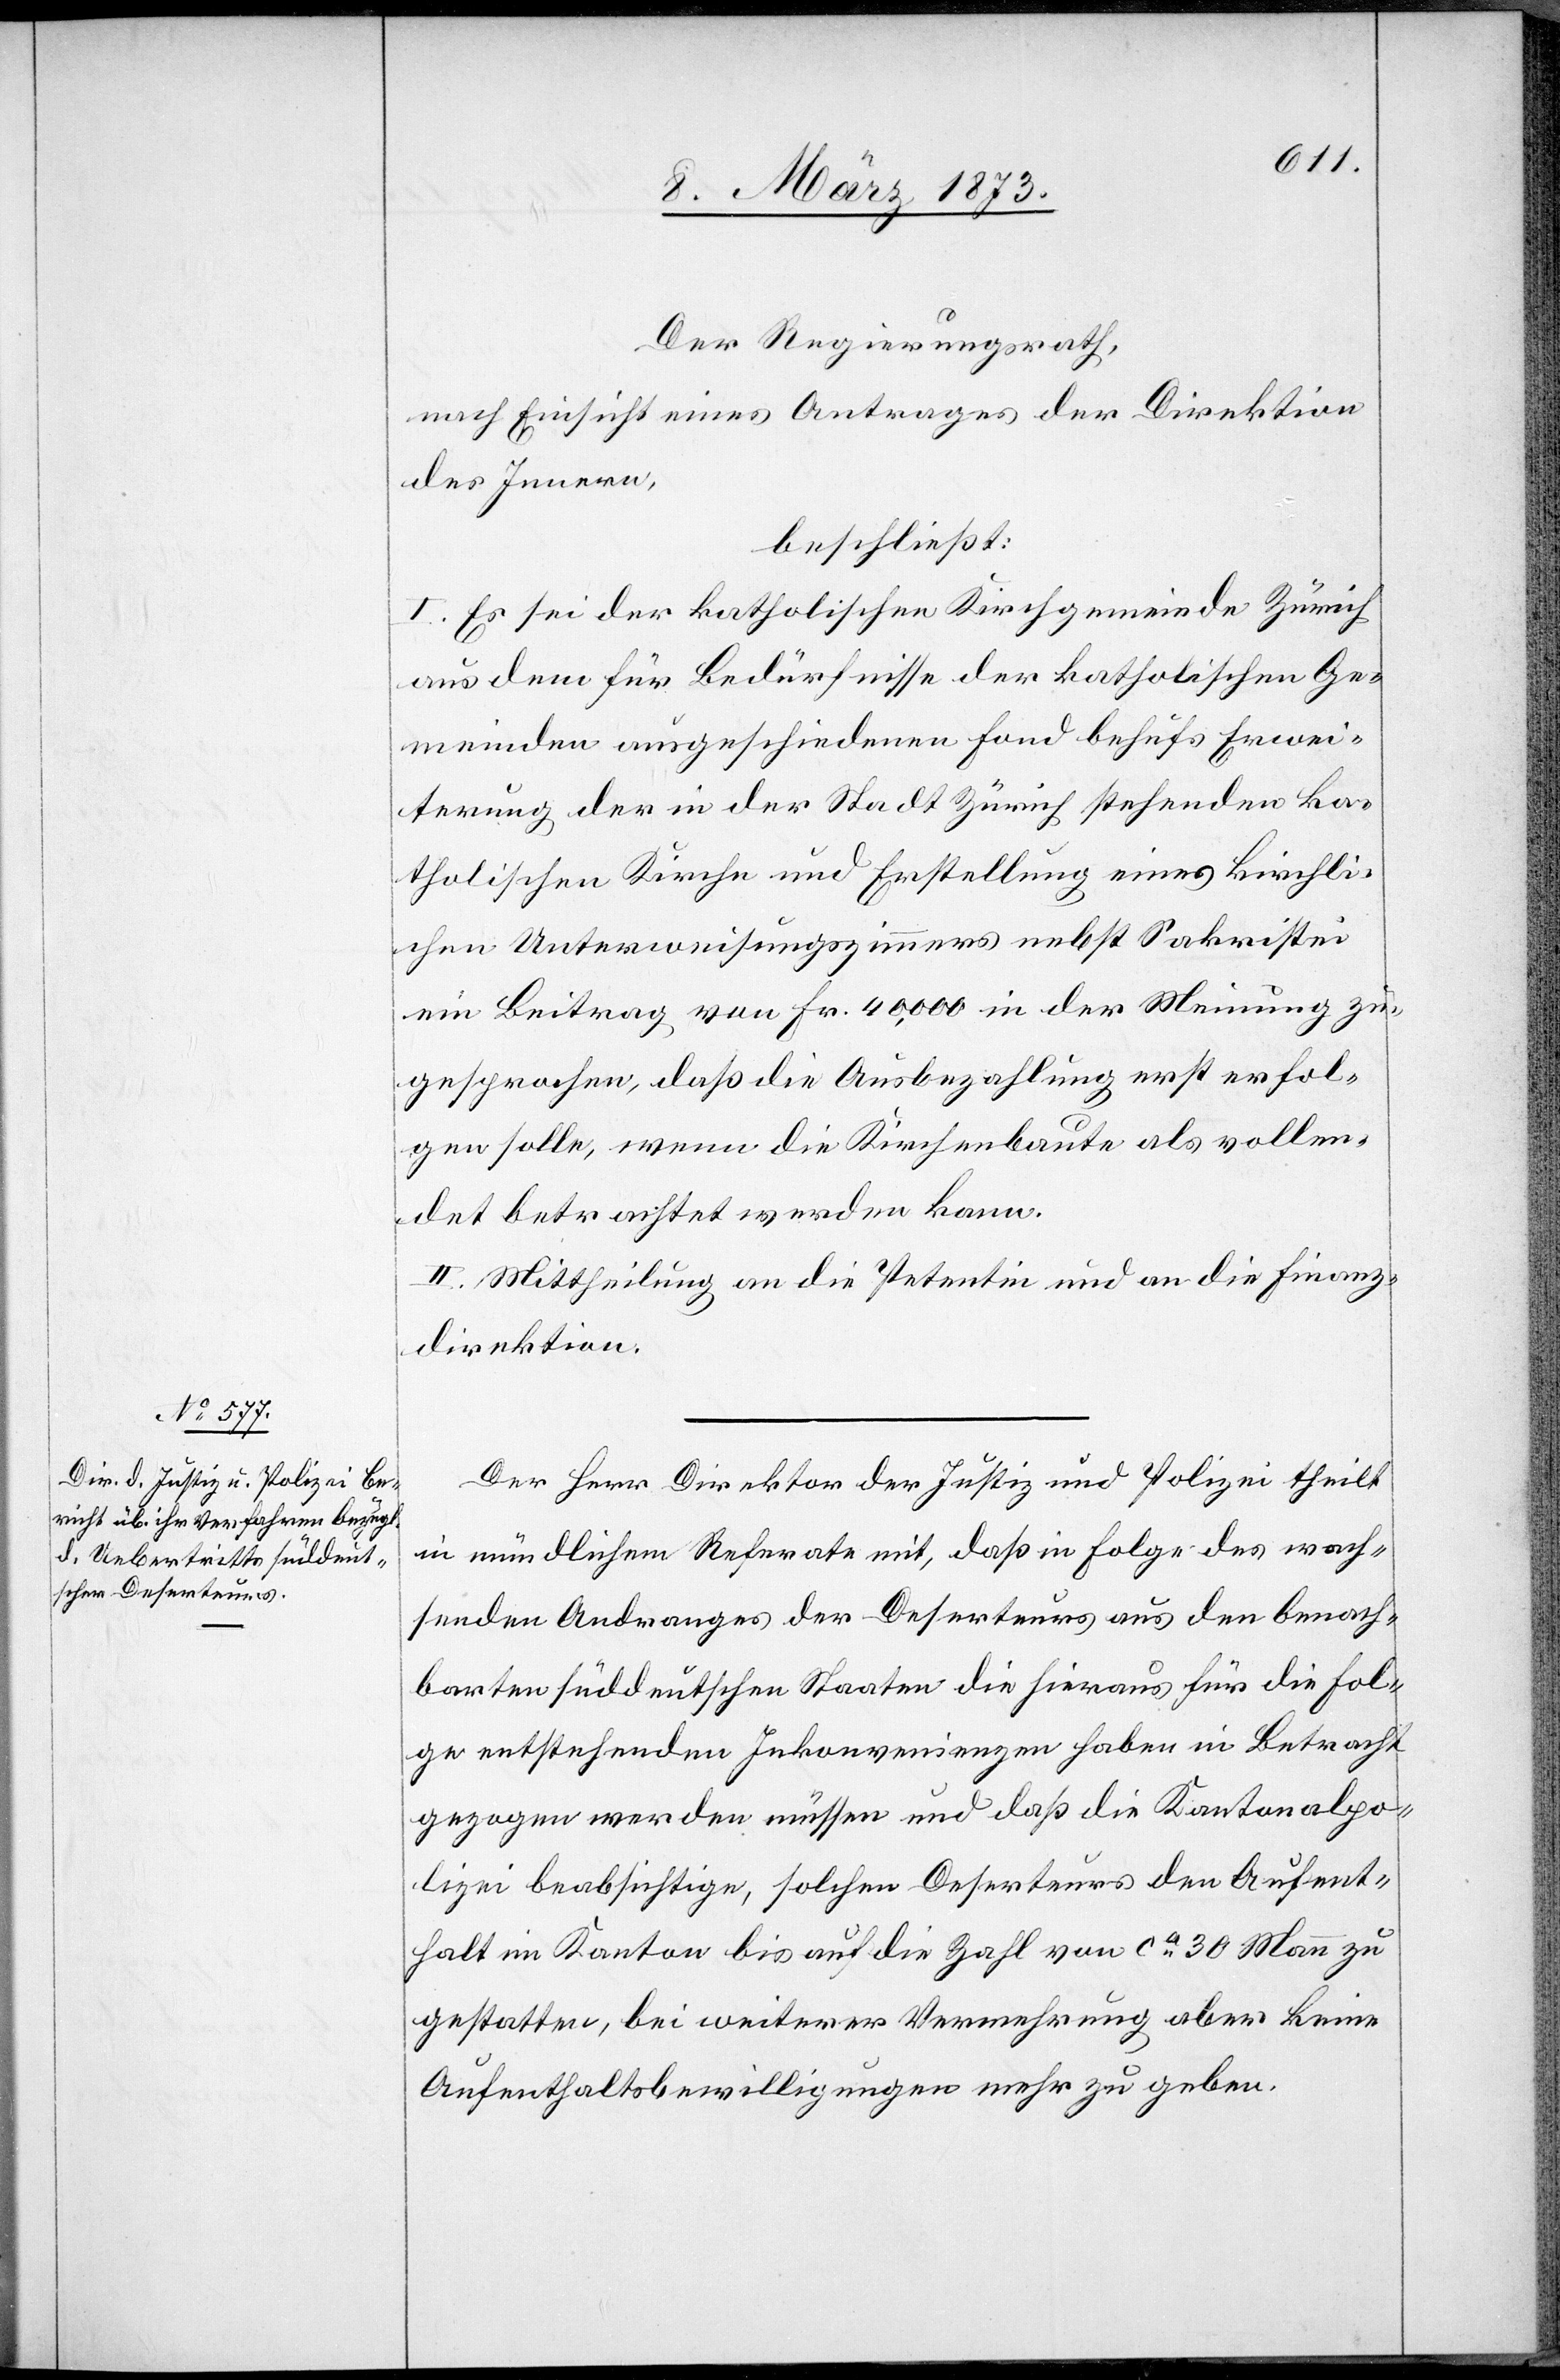
Der Regierungsrath,
nach Einsicht eines Antrages der Direktion
des Innern,
beschließt:
I. Es sei der katholischen Kirchgemeinde Zürich
aus dem für Bedürfnisse der katholischen Ge¬
meinden ausgeschiedenen Fond behufs Erwei¬
terung der in der Stadt Zürich stehenden ka¬
tholischen Kirche und Erstellung eines kirchli¬
chen Unterweisungszimmers nebst Sakristei
ein Beitrag von Fr. 40,000 in der Meinung zu¬
gesprochen, daß die Ausbezahlung erst erfol¬
gen solle, wenn die Kirchenbaute als vollen¬
det betrachtet werden kann.
II. Mittheilung an die Petentin und an die Finanz¬
direktion.
Der Herr Direktor der Justiz und Polizei theilt
in mündlichem Referate mit, daß in Folge des wach¬
senden Andranges der Deserteurs aus den benach¬
barten süddeutschen Staaten die hieraus für die Fol¬
ge entstehenden Inkonvenienzen haben in Betracht
gezogen werden müssen und daß die Kantonalpo¬
lizei beabsichtige, solchen Deserteurs den Aufent¬
halt im Kanton bis auf die Zahl von ca 30 Mann zu
gestatten, bei weiterer Vermehrung aber keine
Aufenthaltsbewilligungen mehr zu geben.